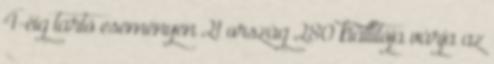
4-éig tartó eseményen 21 ország 280 kiállítója várja az